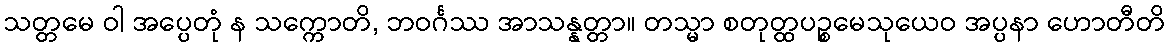
သတ္တမေ ဝါ အပ္ပေတုံ န သက္ကောတိ, ဘဝင်္ဂဿ အာသန္နတ္တာ။ တသ္မာ စတုတ္ထပဉ္စမေသုယေဝ အပ္ပနာ ဟောတီတိ